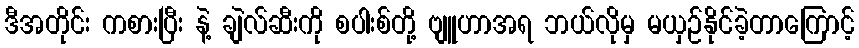
ဒီအတိုင်း ကစားပြီး နဲ့ ချဲလ်ဆီးကို စပါးစ်တို့ ဗျူဟာအရ ဘယ်လိုမှ မယှဉ်နိုင်ခဲ့တာကြောင့်